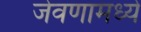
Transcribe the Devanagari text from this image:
जेवणामध्ये